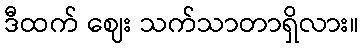
ဒီထက် ဈေး သက်သာတာရှိလား။